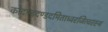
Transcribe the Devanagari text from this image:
कोदण्डदण्डदमिताध्वरजित्वरस्य